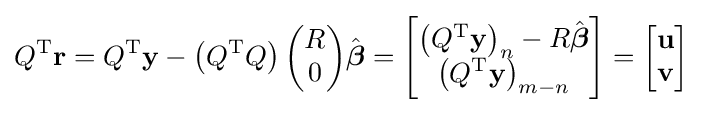
Q^{\rm {T}}\mathbf {r} =Q^{\rm {T}}\mathbf {y} -\left(Q^{\rm {T}}Q\right){\begin{pmatrix}R\\0\end{pmatrix}}{\hat {\boldsymbol {\beta }}}={\begin{bmatrix}\left(Q^{\rm {T}}\mathbf {y} \right)_{n}-R{\hat {\boldsymbol {\beta }}}\\\left(Q^{\rm {T}}\mathbf {y} \right)_{m-n}\end{bmatrix}}={\begin{bmatrix}\mathbf {u} \\\mathbf {v} \end{bmatrix}}